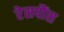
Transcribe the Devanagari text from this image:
रेसपौंस